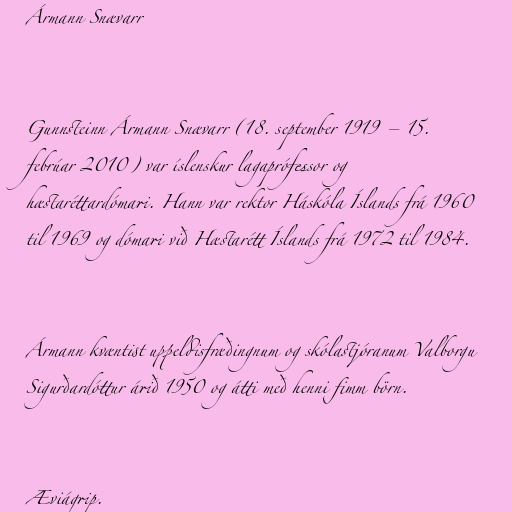
Ármann Snævarr

Gunnsteinn Ármann Snævarr (18. september 1919 – 15.
febrúar 2010) var íslenskur lagaprófessor og
hæstaréttardómari. Hann var rektor Háskóla Íslands frá 1960
til 1969 og dómari við Hæstarétt Íslands frá 1972 til 1984.

Ármann kvæntist uppeldisfræðingnum og skólastjóranum Valborgu
Sigurðardóttur árið 1950 og átti með henni fimm börn.

Æviágrip.